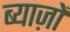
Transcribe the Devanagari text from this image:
ब्याज़ों